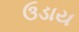
ઉડાય